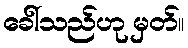
ခေါ်သည်ဟု မှတ်။